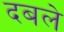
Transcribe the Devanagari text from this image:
दबले